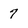
Character: 7